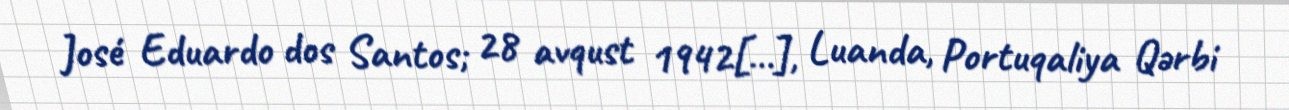
José Eduardo dos Santos; 28 avqust 1942[…], Luanda, Portuqaliya Qərbi